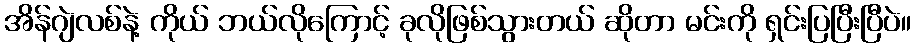
အိန်ဂျဲလစ်နဲ့ ကိုယ် ဘယ်လိုကြောင့် ခုလိုဖြစ်သွားတယ် ဆိုတာ မင်းကို ရှင်းပြပြီးပြီပဲ။